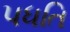
પધતિ